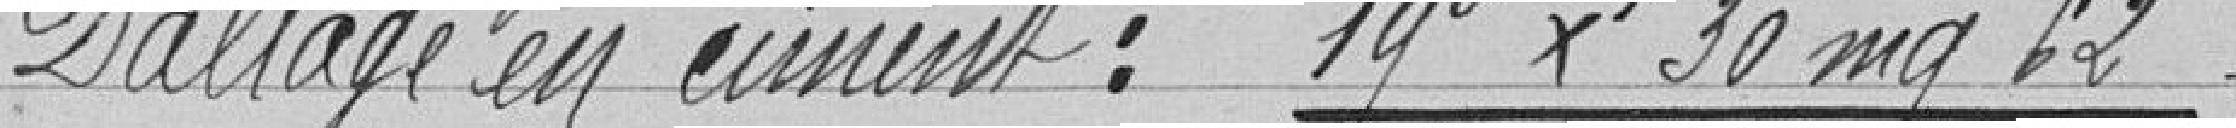
Dallage en ciment : 19 x 30 mq 62 :